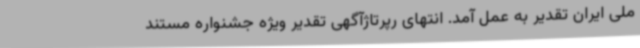
ملی ایران تقدیر به عمل آمد. انتهای رپرتاژآگهی تقدیر ویژه جشنواره مستند